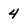
Character: 4